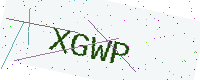
Text: XGWP